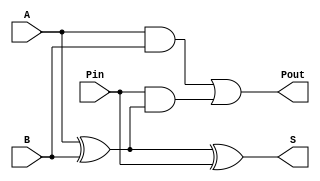
`timescale 1ns / 1ps
module fulladder(
    input A,
    input B,
    input Pin,
    output S,
    output Pout
) ;


wire AXORB = A ^ B;
assign S = AXORB ^ Pin;
assign Pout = (A & B) | (Pin & AXORB);
   
endmodule